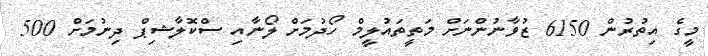
މީގެ އިތުރުން 6150 ޒުވާނުންނަށް މަތީތައުލީމް ހޯދުމަށް ލޯނާއި ސްކޮލާޝިޕް ދިނުމަށް 500